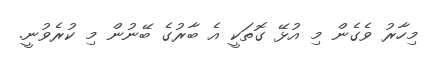
މިހާރު ވެގެން މި އުޅޭ ގޮތަކީ އެ ބާރުގެ ބޭނުން މި ކުރެވުނީ.